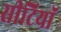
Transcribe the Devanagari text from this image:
सीटियाॅ